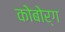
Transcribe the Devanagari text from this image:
कोबोर्ग